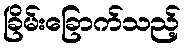
ခြိမ်းခြောက်သည့်